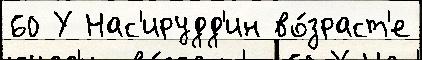
60 У Нас'ирудд'ин во́зраст'е